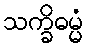
သက္ခိဓမ္မံ